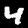
Label: 4